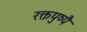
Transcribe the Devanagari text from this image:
रक्तपुष्पै